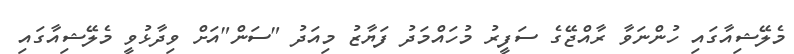
މެލޭޝިއާގައި ހުންނަވާ ރާއްޖޭގެ ސަފީރު މުހައްމަދު ފަޔާޒު މިއަދު "ސަން"އަށް ވިދާޅުވީ މެލޭޝިއާގައި